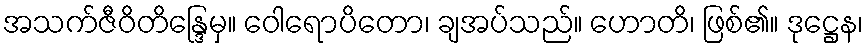
အသက်ဇီဝိတိန္ဒြေမှ။ ဝေါရောပိတော၊ ချအပ်သည်။ ဟောတိ၊ ဖြစ်၏။ ဒုဋ္ဌေန၊